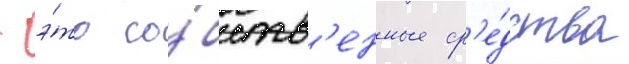
- э́то со́бств'енные ср'е́дства